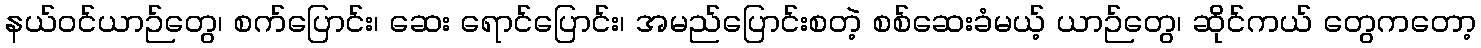
နယ်ဝင်ယာဉ်တွေ၊ စက်ပြောင်း၊ ဆေး ရောင်ပြောင်း၊ အမည်ပြောင်းစတဲ့ စစ်ဆေးခံမယ့် ယာဉ်တွေ၊ ဆိုင်ကယ် တွေကတော့